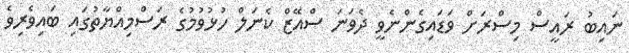
ނައިބު ރައީސް މިސްރަށް ވަޑައިގެންނެވީ ދެވަނަ ސްއޭޒް ކެނަލް ހުޅުވުމުގެ ރަސްމިއްޔާތުގައި ބައިވެރިވެ